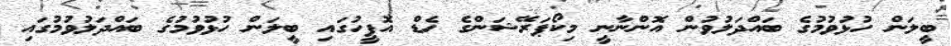
ބީލަން ހުޅުވުމުގެ ބައްދަލުވުން އޮންނާނީ މިކޯޕަރޭޝަންގެ ހެޑް އޮފީހުގައި ބީލަން ހުޅުވުމުގެ ބައްދަލުވުމުގައި